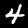
Label: 4